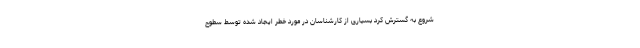
شروع به گسترش کرد بسیاری از کارشناسان در مورد خطر ایجاد شده توسط سطوح